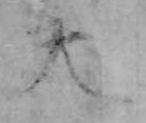
大